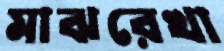
মাঝরেখা